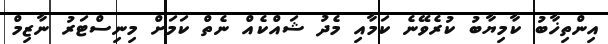
އިންތިޚާބު ކާމިޔާބު ކުރެވޭނެ ކަމާއި މެދު ޝައްކެއް ނެތް ކަމަށް މިނިސްޓަރު ނާޒިމް